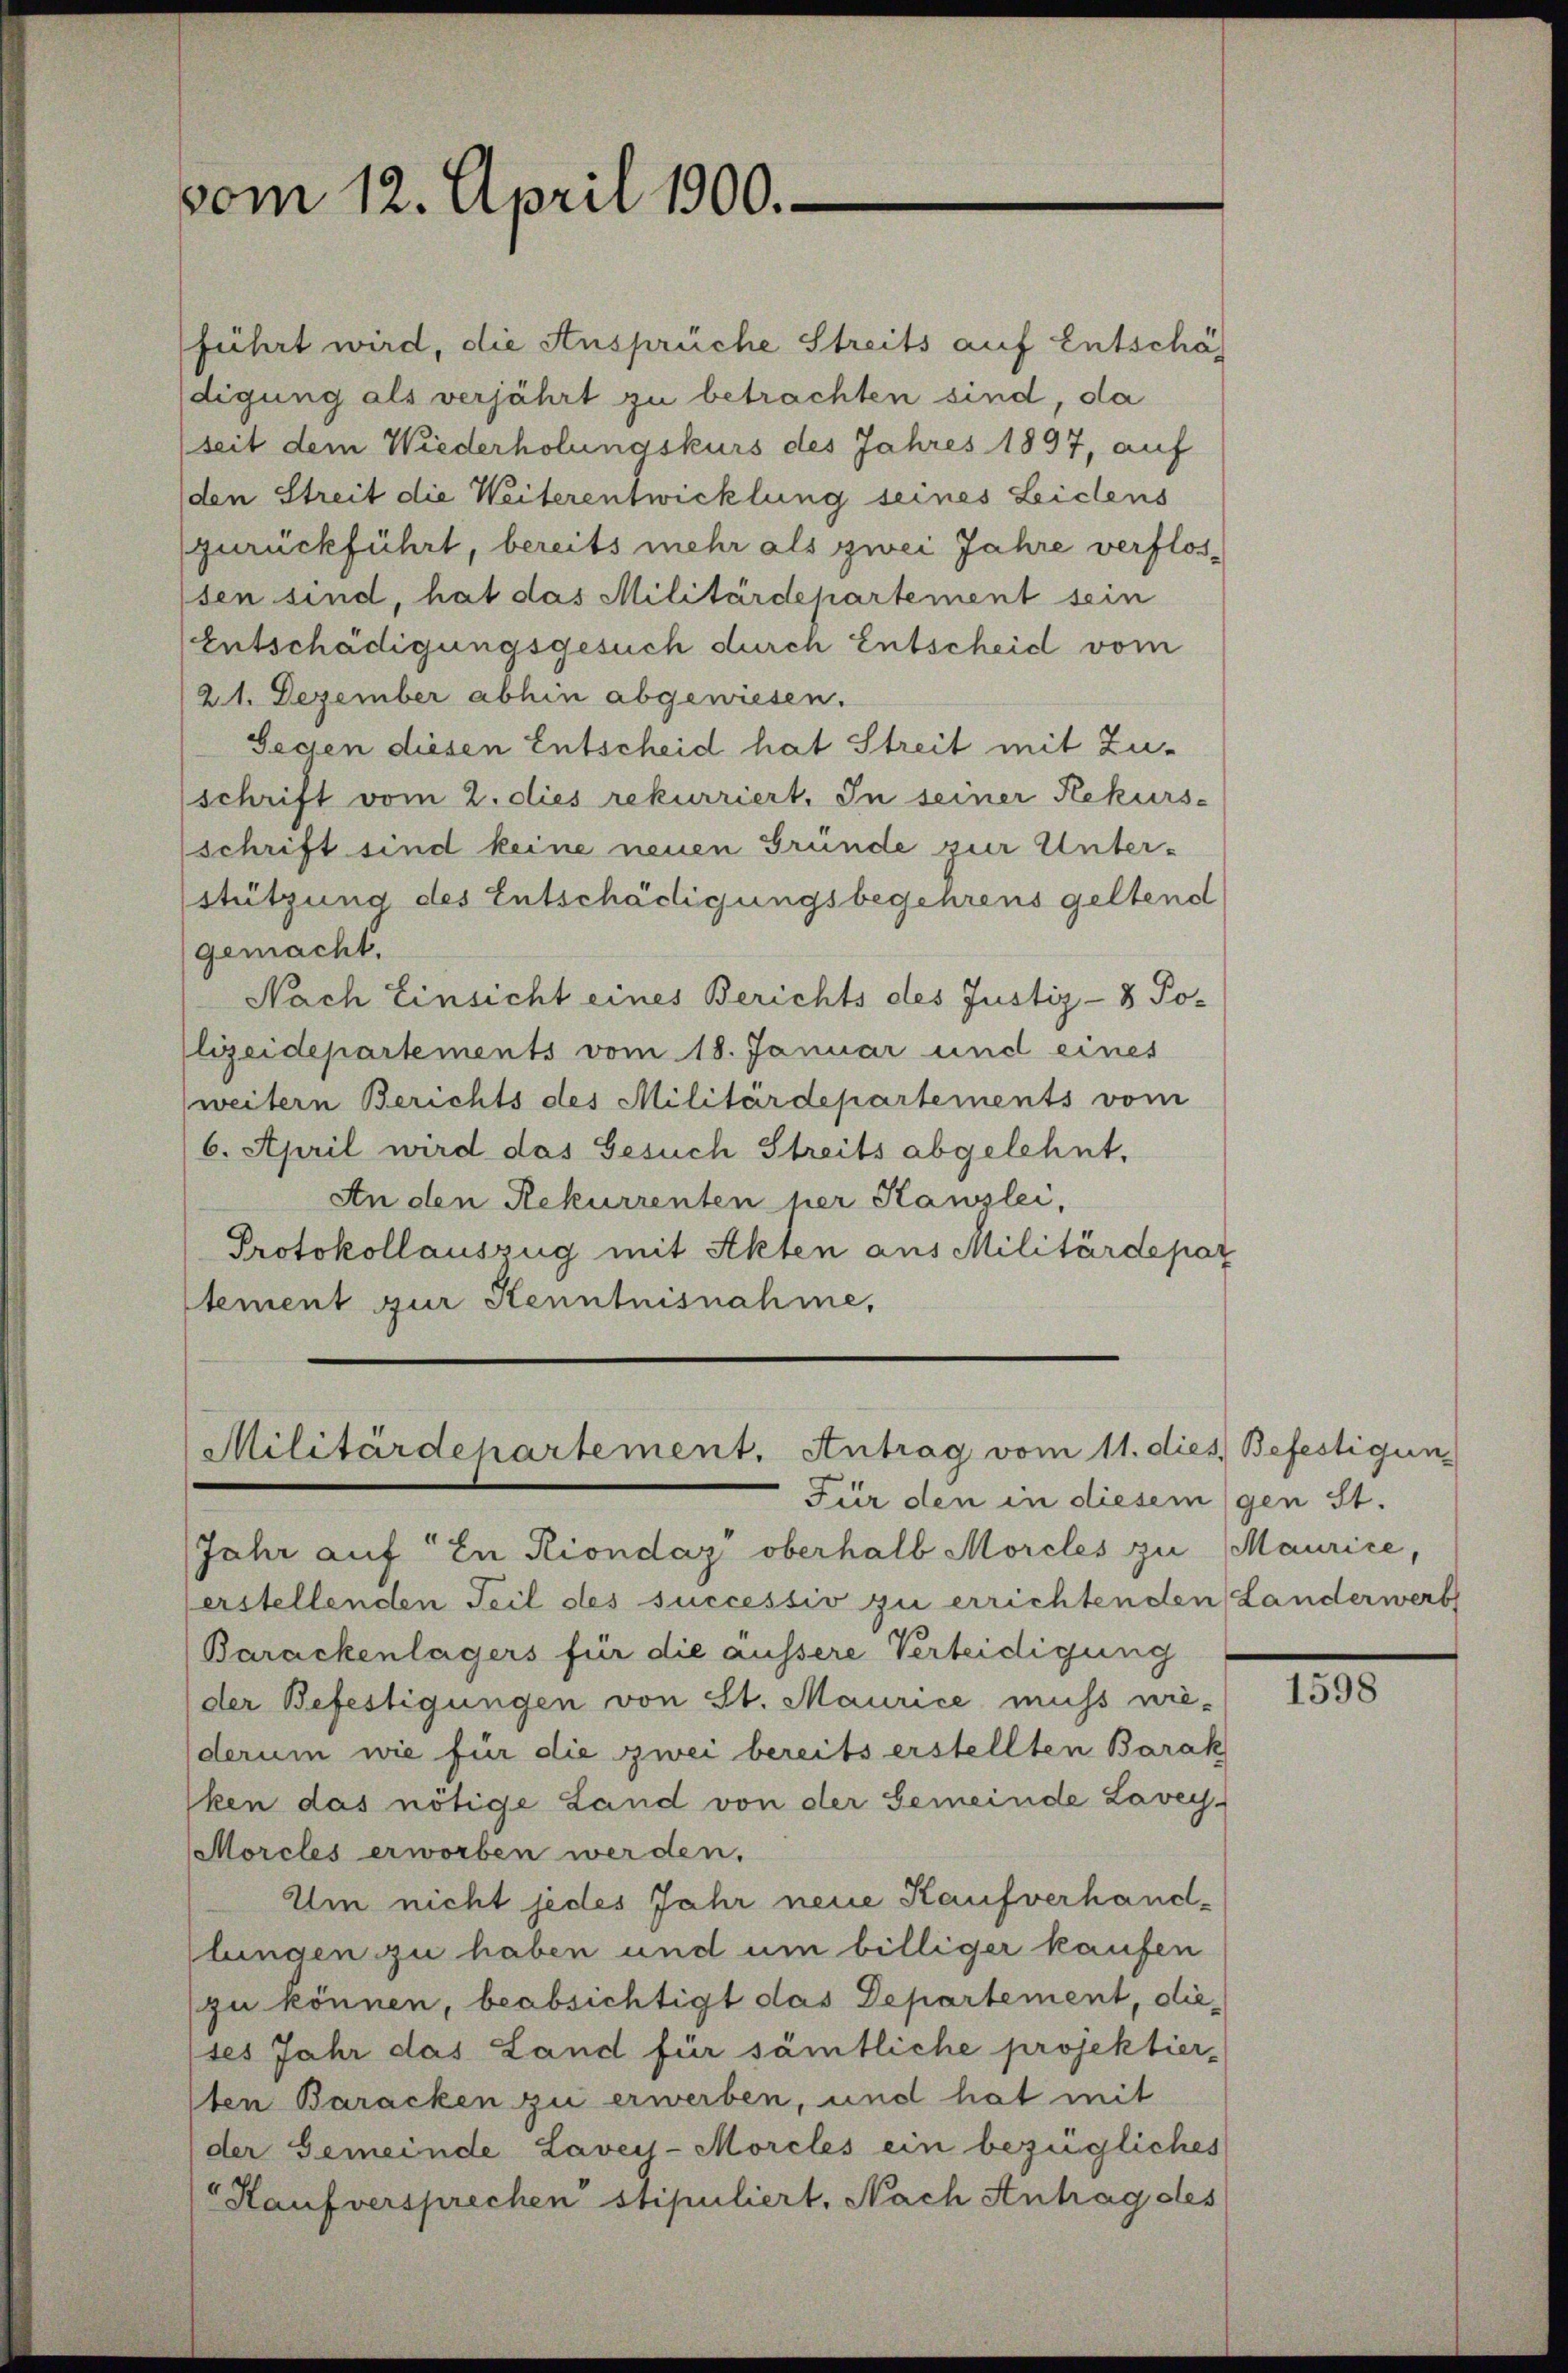
vom 12. April 1900.

führt wird, die Ansprüche Streits auf Entschäf
digung als verjährt zu betrachten sind, da
(seit dem Wiederholungskurs des Jahres 1897, auf
den Streit die Weiterentwicklung seines Leidens
zurückführt, bereits mehr als zwei Jahre verflossen sind, hat das Militärdepartement sein
Entschädigungsgesuch durch Entscheid vom
21. Dezember abhin abgewiesen.
Geden diesen Entscheid hat Streit mit Zuschrift vom 2. dies rekurriert, In seiner Rekurs-
schrift sind keine neuen Grunde zur Unterstützung des Entschädigungsbegehrens geltend
gemacht.
Nach Einsicht eines Berichts des Justiz- & Polizeidepartements vom 18. Januar und eines
weitern Berichts des Militärdepartements vom
6. April wird das Gesuch Streits abgelehnt,
An den Rekurrenten her Kanzlei,
Protokollauszug mit Akten aus Militärdepar
tement zur Kenntnisnahme,

Militärdepartement. Antrag vom 11. dies Befestigun
Für den in diesem (gen St.

Jahr auf In Riondaz oberhalb Morcles zu Maurice,
erstellenden Teil des successiv zu errichtenden Landerwerb
Barackenlagers für die äussere Verteidigung
der Befestigungen von St. Maurice muss nie-
derum wie für die zwei bereits erstellten Barak
ken das nötige Land von der Gemeinde Lavey-
Morcles erworben werden.
Um nicht jedes Jahr neue Kaufverhand-
llungen zu haben und um billiger kaufen
(zu können, beabsichtigt das Departement, dietes Jahr das Land für sämtliche projektier-
ten Baracken zu erwerben, und hat mit
der Gemeinde Laves-Morcles ein bezügliches
Kaufversprechen stipuliert, Nach Anhag des

1598